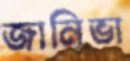
জানিভা